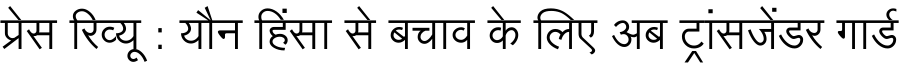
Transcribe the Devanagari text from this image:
प्रेस रिव्यू : यौन हिंसा से बचाव के लिए अब ट्रांसजेंडर गार्ड